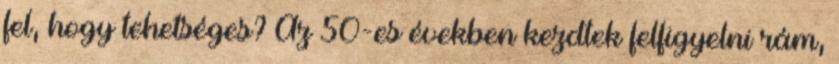
fel, hogy tehetséges? Az 50-es években kezdtek felfigyelni rám,